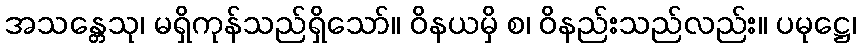
အသန္တေသု၊ မရှိကုန်သည်ရှိသော်။ ဝိနယမှိ စ၊ ဝိနည်းသည်လည်း။ ပမုဋ္ဌေ၊